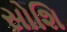
સોશિ